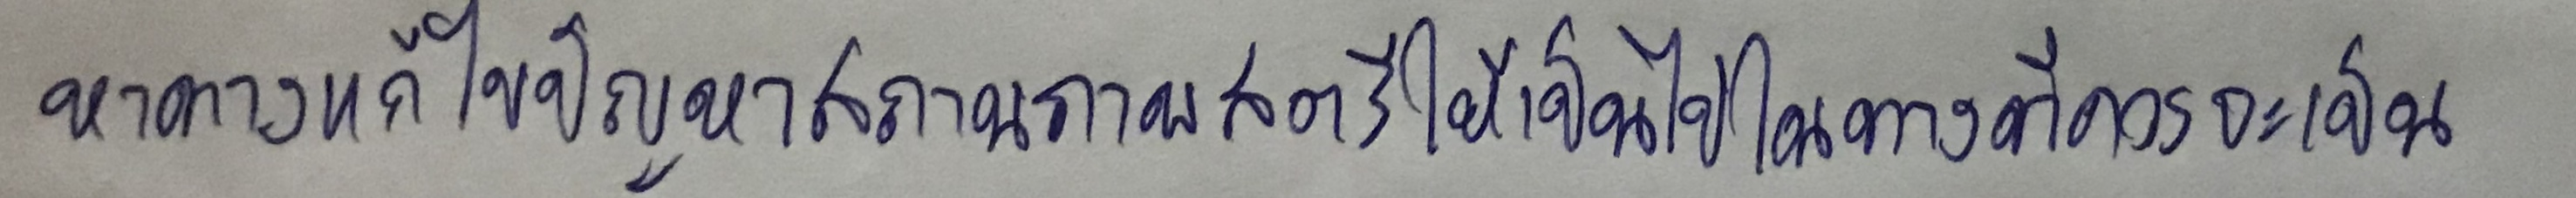
หาทางแก้ไขปัญหาสถานภาพสตรีให้เป็นไปในทางที่ควรจะเป็น